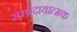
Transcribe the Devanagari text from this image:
सम्प्रदायात्मक